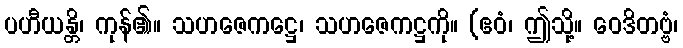
ပဟီယန္တိ၊ ကုန်၏။ သဟဇေကဋ္ဌေ၊ သဟဇေကဋ္ဌကို။ (ဧဝံ၊ ဤသို့။ ဝေဒိတဗ္ဗံ၊